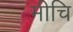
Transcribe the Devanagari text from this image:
मीचि